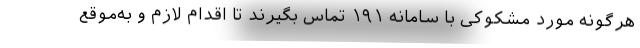
هرگونه مورد مشکوکی با سامانه ۱۹۱ تماس بگیرند تا اقدام لازم و به‌موقع